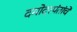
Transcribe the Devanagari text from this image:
दमोदरपंतांचे